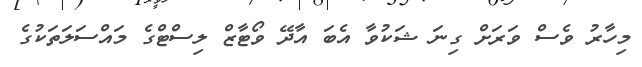
މިހާރު ވެސް ވަރަށް ގިނަ ޝަކުވާ އެބަ އާދޭ ވޯޓާޒް ލިސްޓްގެ މައްސަލަތަކުގެ